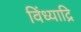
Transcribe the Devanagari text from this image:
विंध्याद्रि